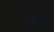
ફટ